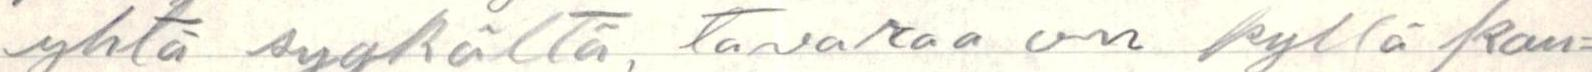
yhtä syykältä, tavaraa on kyllä kau=